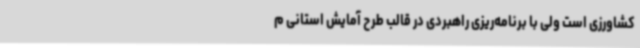
کشاورزی است ولی با برنامه‌ریزی راهبردی در قالب طرح آمایش استانی م